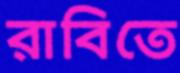
রাবিতে